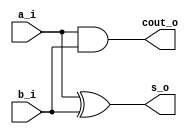
// This program was cloned from: https://github.com/mbaykenar/digital-logic-design
// License: Apache License 2.0

`timescale 1ns / 1ps
//////////////////////////////////////////////////////////////////////////////////
// Company: 
// Engineer: 
// 
// Design Name: 
// Module Name: half_adder
// Project Name: 
// Target Devices: 
// Tool Versions: 
// Description: 
// 
// Dependencies: 
// 
// Revision:
// Revision 0.01 - File Created
// Additional Comments:
// 
//////////////////////////////////////////////////////////////////////////////////


module half_adder
(
input a_i,
input b_i,
output s_o,
output cout_o
);

xor G1 (s_o,a_i,b_i);
and G2 (cout_o,a_i,b_i);


endmodule